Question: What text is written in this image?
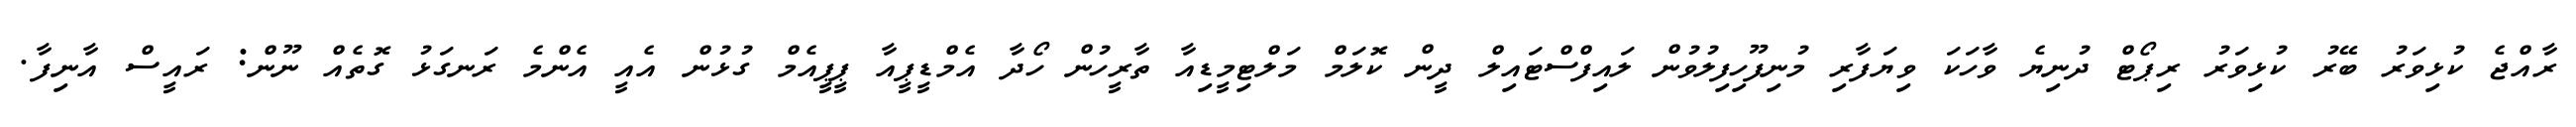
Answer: ރާއްޖެ ކުޅިވަރު ބޭރު ކުޅިވަރު ރިޕޯޓް ދުނިޔެ ވާހަކަ ވިޔަފާރި މުނިފޫހިފިލުވުން ލައިފްސްޓައިލް ދީން ކޮލަމް މަލްޓިމީޑިއާ ތާރީހުން ހޯދާ އެމްޑީޕީއާ ޕީޕީއެމް ގުޅުން އެއީ އެންމެ ރަނގަޅު ގޮތެއް ނޫން: ރައީސް އާނިފާ.